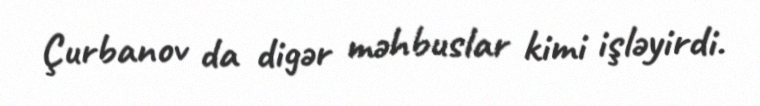
Çurbanov da digər məhbuslar kimi işləyirdi.